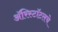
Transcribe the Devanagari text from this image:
ॲरिस्टॉटलचे